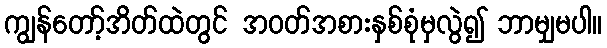
ကျွန်တော့်အိတ်ထဲတွင် အဝတ်အစားနှစ်စုံမှလွဲ၍ ဘာမျှမပါ။